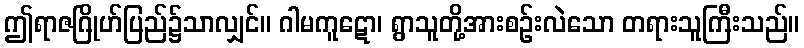
ဤရာဇဂြိုဟ်ပြည်၌သာလျှင်။ ဂါမကူဋော၊ ရွာသူတို့အားစဉ်းလဲသော တရားသူကြီးသည်။